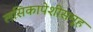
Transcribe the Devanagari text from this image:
लसिकापेशीसमूह